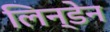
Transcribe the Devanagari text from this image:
लिन्डेन